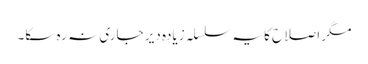
مگر اصلاح کا یہ سلسلہ زیادہ دیر جاری نہ رہ سکا۔